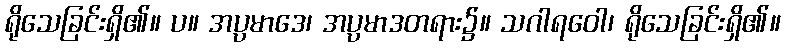
ရိုသေခြင်းရှိ၏။ ပ။ အပ္ပမာဒေ၊ အပ္ပမာဒတရား၌။ သဂါရဝေါ၊ ရိုသေခြင်းရှိ၏။